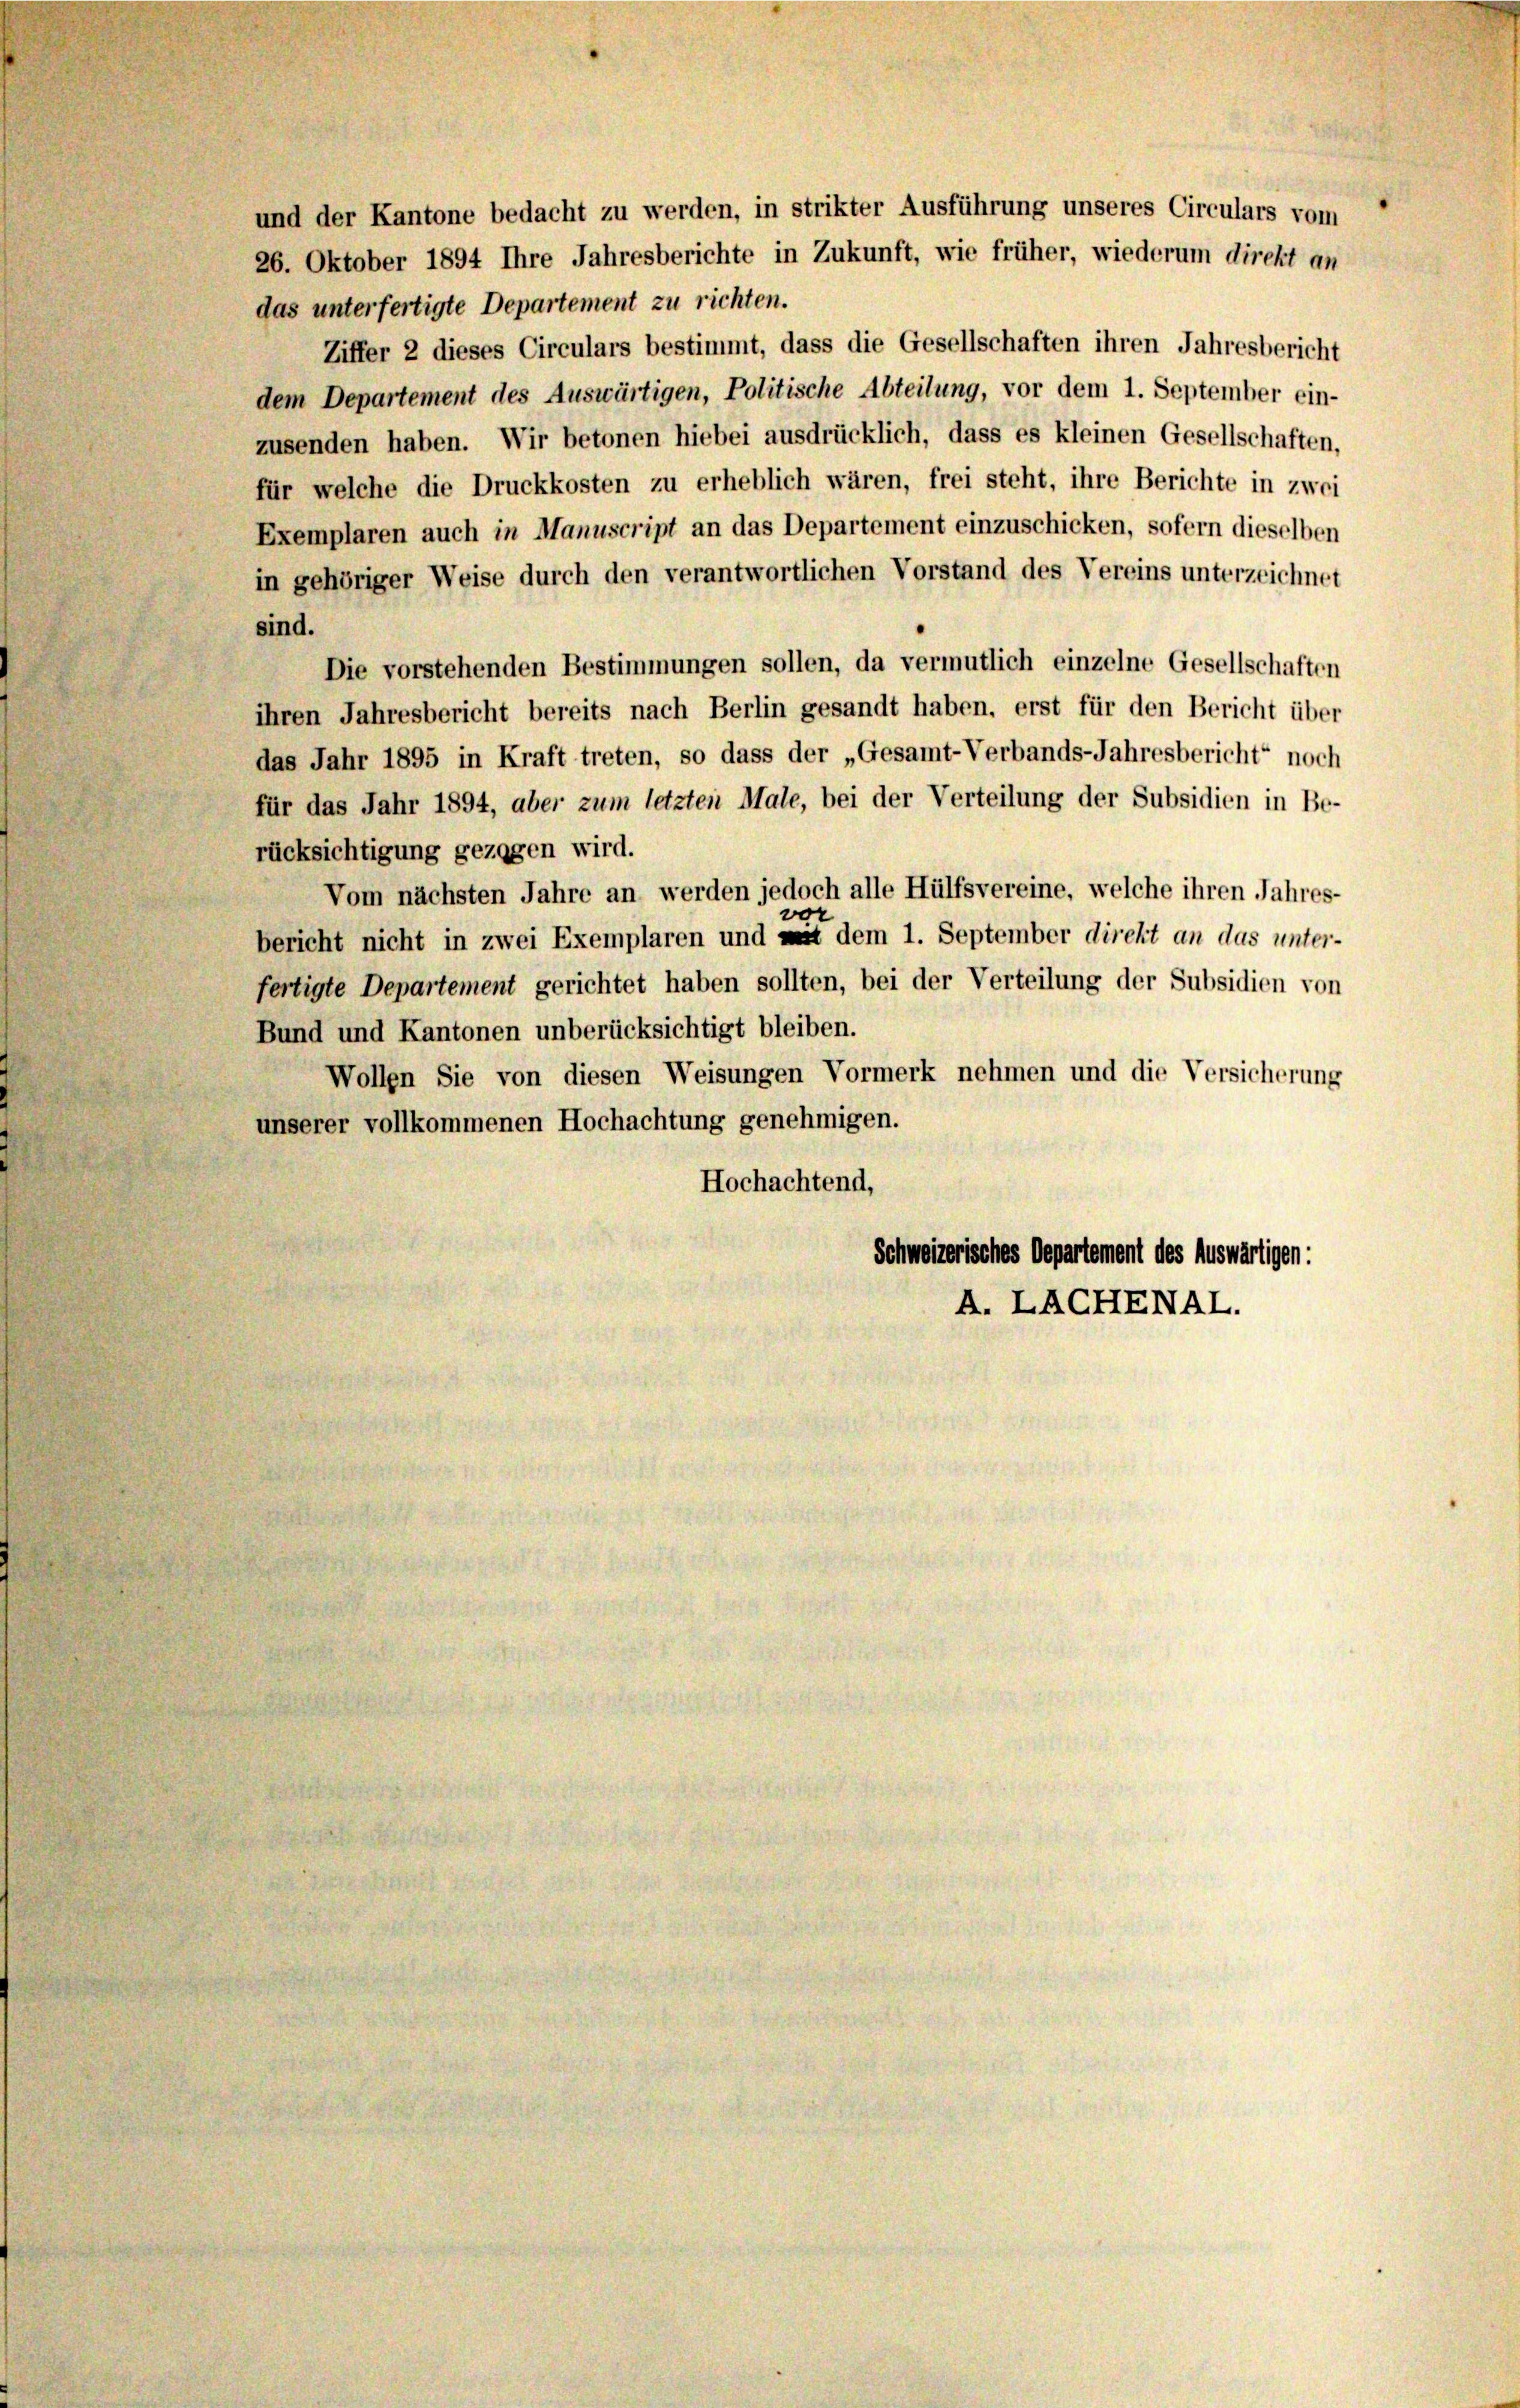
und der Kantone bedacht zu werden, in strikter Ausführung unseres Circulars vom
das unterfertigte Departement zu richten.
Ziffer 2 dieses Circulars bestimmt, dass die Gesellschaften ihren Jahresbericht
dem Departement des Auswärtigen, Politische Abteilung, vor dem 1. September ein-
zusenden haben. Wir betonen hiebei ausdrücklich, dass es kleinen Gesellschaften,
für welche die Druckkosten zu erheblich wären, frei steht, ihre Berichte in zwei
Exemplaren auch in Manuscript an das Departement einzuschicken, sofern dieselben
in gehöriger Weise durch den verantwortlichen Vorstand des Vereins unterzeichnet
sind.
Die vorstehenden Bestimmungen sollen, da vermutlich einzelne Gesellschaften
ihren Jahresbericht bereits nach Berlin gesandt haben, erst für den Bericht über
das Jahr 1895 in Kraft treten, so dass der „Gesamt-Verbands-Jahresbericht“ noch
für das Jahr 1894, aber zum letzten Male, bei der Verteilung der Subsidien in Be-
rücksichtigung gezogen wird.
Vom nächsten Jahre an werden jedoch alle Hülfsvereine, welche ihren Jahres-
vor
bericht nicht in zwei Exemplaren und mit dem 1. September direkt an das unter-
fertigte Departement gerichtet haben sollten, bei der Verteilung der Subsidien von
Bund und Kantonen unberücksichtigt bleiben.
Wollen Sie von diesen Weisungen Vormerk nehmen und die Versicherung
unserer vollkommenen Hochachtung genehmigen.
Hochachtend,
Schweizerisches Departement des Auswärtigen:
A. LACHENAL.

26. Oktober 1894 Ihre Jahresberichte in Zukunft, wie früher, wiederum direkt an